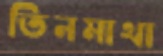
তিনমাথা